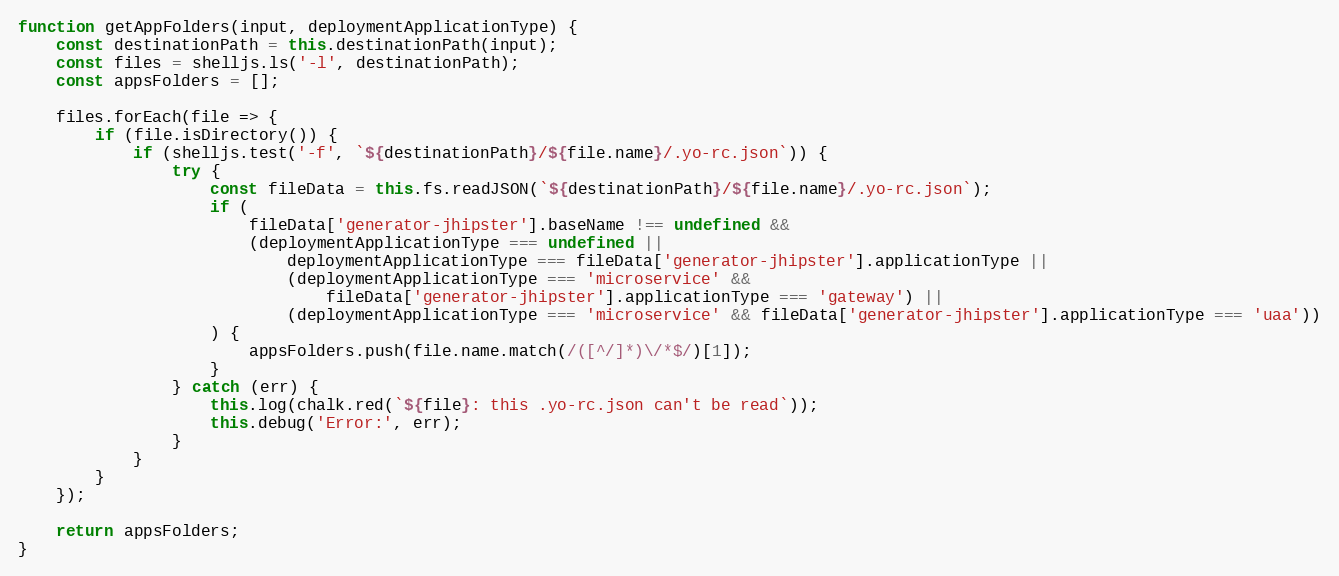
Language: JavaScript
function getAppFolders(input, deploymentApplicationType) {
    const destinationPath = this.destinationPath(input);
    const files = shelljs.ls('-l', destinationPath);
    const appsFolders = [];

    files.forEach(file => {
        if (file.isDirectory()) {
            if (shelljs.test('-f', `${destinationPath}/${file.name}/.yo-rc.json`)) {
                try {
                    const fileData = this.fs.readJSON(`${destinationPath}/${file.name}/.yo-rc.json`);
                    if (
                        fileData['generator-jhipster'].baseName !== undefined &&
                        (deploymentApplicationType === undefined ||
                            deploymentApplicationType === fileData['generator-jhipster'].applicationType ||
                            (deploymentApplicationType === 'microservice' &&
                                fileData['generator-jhipster'].applicationType === 'gateway') ||
                            (deploymentApplicationType === 'microservice' && fileData['generator-jhipster'].applicationType === 'uaa'))
                    ) {
                        appsFolders.push(file.name.match(/([^/]*)\/*$/)[1]);
                    }
                } catch (err) {
                    this.log(chalk.red(`${file}: this .yo-rc.json can't be read`));
                    this.debug('Error:', err);
                }
            }
        }
    });

    return appsFolders;
}